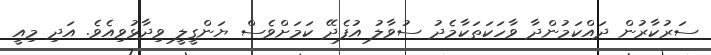
ސަރުކާރުން ދައްކަމުންދާ ވާހަކަތަކާމެދު ސުވާލު އުފެދޭ ކަމަށްވެސް ޔަންގީލީ ވިދާޅުވިއެވެ. އަދި މިއީ